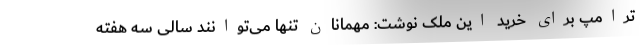
ترامپ برای خرید این ملک نوشت: مهمانان تنها می‌توانند سالی سه هفته